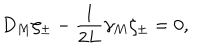
LaTeX: { D _ { M } \zeta _ { \pm } - { \frac { 1 } { 2 L } } \gamma _ { M } \zeta _ { \pm } = 0 , }